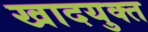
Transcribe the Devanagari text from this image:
खादयुक्त